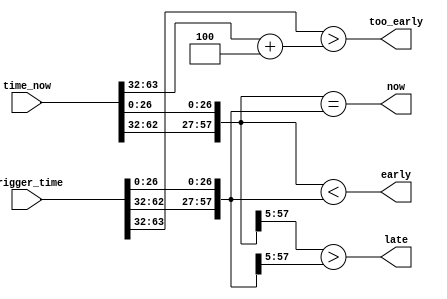

// Top 32 bits are integer seconds, bottom 32 are clock ticks within a second

module time_compare
  (input [63:0] time_now,
   input [63:0] trigger_time,
   output now,
   output early,
   output late, 
   output too_early);
   
   wire    sec_match   = (time_now[63:32] == trigger_time[63:32]);
   wire    sec_late    = (time_now[63:32] > trigger_time[63:32]);

   wire    tick_match  = (time_now[31:0] == trigger_time[31:0]);
   wire    tick_late   = (time_now[31:0] > trigger_time[31:0]);
/*   
   assign now 	       = sec_match & tick_match;
   assign late 	       = sec_late | (sec_match & tick_late);
   assign early        = ~now & ~late;
*/

   /*
   assign now = (time_now == trigger_time);
   assign late = (time_now > trigger_time);
   assign early = (time_now < trigger_time);
   */

   // Compare fewer bits instead of 64 to speed up logic
   // Unused bits are not significant
   //     Top bit of seconds would put us in year 2038, long after
   //        the warranty has run out :)
   //     Top 5 bits of ticks are always zero for clocks less than 134MHz
   //     "late" can drop bottom few bits of ticks, and just delay signaling
   //        of late.  
   //     "now" cannot drop those bits, it needs to be exact.
   
   wire [57:0] short_now = {time_now[62:32],time_now[26:0]};
   wire [57:0] short_trig = {trigger_time[62:32],trigger_time[26:0]};

   assign now = (short_now == short_trig);
   assign late = (short_now[57:5] > short_trig[57:5]);
   assign early = (short_now < short_trig);
   
   assign too_early    = (trigger_time[63:32] > (time_now[63:32] + 4));  // Don't wait too long
   
endmodule // time_compare